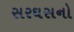
સરઘસનો